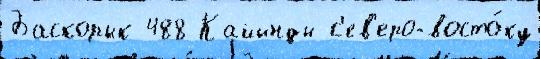
Баскорык 488 Кайынды с'ев'еро-восто́ку